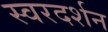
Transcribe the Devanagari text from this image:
स्वरदर्शन